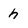
Character: h